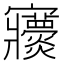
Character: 𡬖